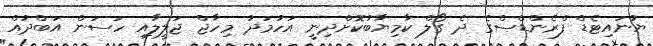
ޔުނައިޓެޑް ފްރެންޑްސްގެ ދެ ގޯލް ކާމިޔާބުކޮށްދިނީ އަހުމަދު މިހާޖް ޖަލީލާއި ހަސަން އަބްދުއް